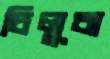
চিলুবা